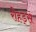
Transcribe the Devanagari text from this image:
रोहड्स